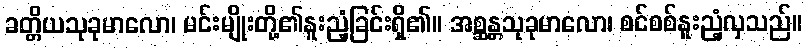
ခတ္တိယသုခုမာလော၊ မင်းမျိုးတို့၏နူးညံ့ခြင်းရှိ၏။ အစ္ဆန္တသုခုမာလော၊ စင်စစ်နူးညံ့လှသည်။